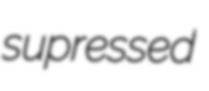
supressed